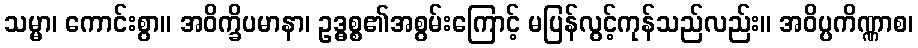
သမ္မာ၊ ကောင်းစွာ။ အဝိက္ခိပမာနာ၊ ဥဒ္ဓစ္စ၏အစွမ်းကြောင့် မပြန်လွင့်ကုန်သည်လည်း။ အဝိပ္ပကိဏ္ဏာစ၊